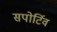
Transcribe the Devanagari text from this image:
सपोर्टिव